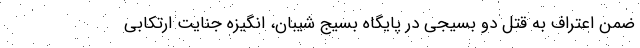
ضمن اعتراف به قتل دو بسیجی در پایگاه بسیج شیبان، انگیزه جنایت ارتکابی